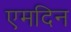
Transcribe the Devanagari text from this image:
एमदिन